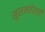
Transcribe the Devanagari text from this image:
सुलभतेसाठी